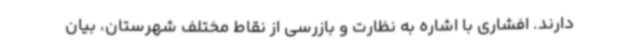
دارند. افشاری با اشاره به نظارت و بازرسی از نقاط مختلف شهرستان، بیان